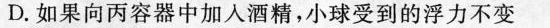
D.如果向丙容器中加入酒精，小球受到的浮力不变